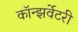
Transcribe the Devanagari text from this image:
कॉन्झर्वेटरी